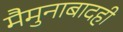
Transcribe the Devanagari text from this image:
मैमुनाबादही